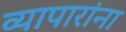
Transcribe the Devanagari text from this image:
व्यापारांना